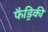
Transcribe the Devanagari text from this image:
फैड्रिकी